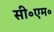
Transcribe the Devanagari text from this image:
सी॰एम॰